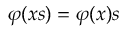
\varphi ( x s ) = \varphi ( x ) s